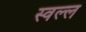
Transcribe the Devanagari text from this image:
स्वल्ल